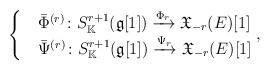
LaTeX: \begin{align*} \begin{cases} &\Bar{\Phi}^{(r)}\colon S_\mathbb{K}^{r+1}(\mathfrak{g}[1])\xrightarrow{\Phi_{r}}\mathfrak{X}_{-r}(E)[1]\\&\Bar{\Psi}^{(r)}\colon S_\mathbb{K}^{r+1}(\mathfrak{g}[1])\xrightarrow{\Psi_{r}}\mathfrak{X}_{-r}(E)[1] \end{cases},\; \end{align*}